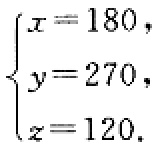
\[\begin{cases}
x = 180,\\
y = 270,\\
z = 120.
\end{cases}\]